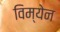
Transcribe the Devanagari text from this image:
विम्येन